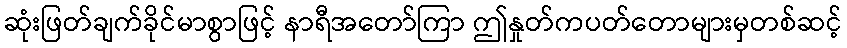
ဆုံးဖြတ်ချက်ခိုင်မာစွာဖြင့် နာရီအတော်ကြာ ဤနှုတ်ကပတ်တောများမှတစ်ဆင့်